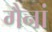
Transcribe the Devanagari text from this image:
गैनां